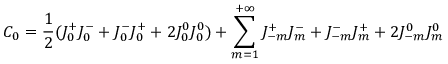
C _ { 0 } = \frac { 1 } { 2 } ( J _ { 0 } ^ { + } J _ { 0 } ^ { - } + J _ { 0 } ^ { - } J _ { 0 } ^ { + } + 2 J _ { 0 } ^ { 0 } J _ { 0 } ^ { 0 } ) + \sum _ { m = 1 } ^ { + \infty } J _ { - m } ^ { + } J _ { m } ^ { - } + J _ { - m } ^ { - } J _ { m } ^ { + } + 2 J _ { - m } ^ { 0 } J _ { m } ^ { 0 }